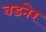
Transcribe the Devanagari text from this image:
बडनेर